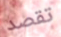
تقصد